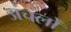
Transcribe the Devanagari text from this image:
अंचलोँ